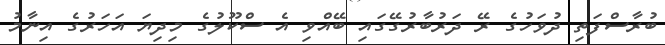
ބުރާސްފަތި ދުވަހުގެ ރޭ ދަރުބާރުގޭގައި ބޭއްވި އެ ސްކޫލުގެ މިދިޔަ އަހަރުގެ އިނާމު